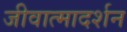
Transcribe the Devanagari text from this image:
जीवात्मादर्शन